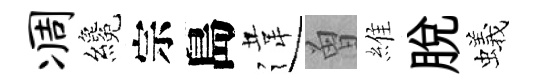
凋纔宗島違曽維脫蟻